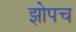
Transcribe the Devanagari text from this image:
झोपच